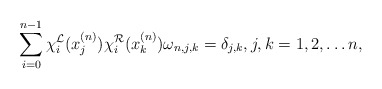
\begin{align*}\sum_{i=0}^{n-1}\chi_i^{\mathcal{L}}(x_j^{(n)})\chi_i^{\mathcal{R}}(x_k^{(n)})\omega_{n,j,k}=\delta_{j,k}, j,k = 1,2, \ldots n,\end{align*}